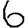
Digit: 6